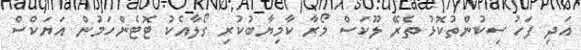
އަދި ފަހު ސިކުންތުކޮޅު ތެރޭ ލޫކަސް މޯރާ ކާމިޔާބުކުރި ގޯލާއެކު ޓޮޓެންހަމުން އަޔަކްސް